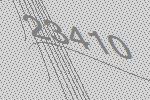
23410